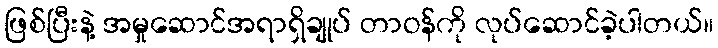
ဖြစ်ပြီးနဲ့ အမှုဆောင်အရာရှိချုပ် တာဝန်ကို လုပ်ဆောင်ခဲ့ပါတယ်။